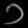
Digit: ၁